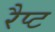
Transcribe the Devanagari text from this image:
रैप्ट